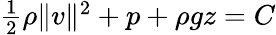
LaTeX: \begin{array}{r}{\frac{1}{2}\rho\| v\| ^{2}+p+\rho gz=C}\end{array}